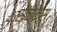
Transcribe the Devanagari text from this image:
सेनेकस